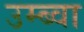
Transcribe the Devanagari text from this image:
उम्ब्वा